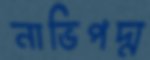
নাভিপদ্ম